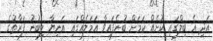
އަދި އެ ބިލްގައި ކުށެއް ކަމަށް ބުނެފައިވާ އަމަލެއްގައި އަނިޔާ ލިބުނު ފަރާތުގެ